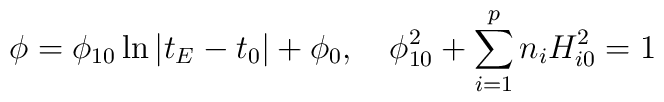
\phi =\phi _{10}\ln \left| t_E-t_0\right| +\phi _0,\quad \phi_{10}^2+\sum_{i=1}^pn_iH_{i0}^2=1